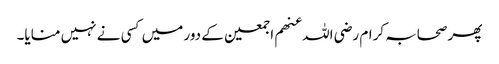
پھر صحابہ کرام رضی اللہ عنھم اجمعین کے دور میں کسی نے نہیں منایا۔